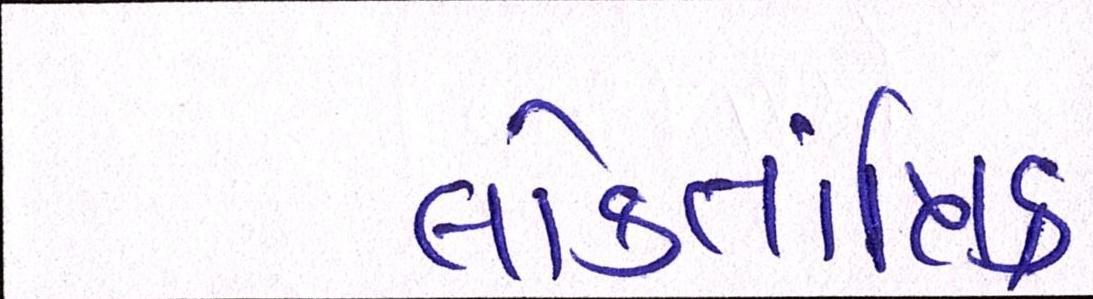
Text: લોકતાંત્રિક